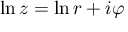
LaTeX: \ln z = \ln r + i \varphi